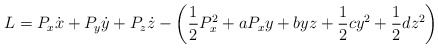
\begin{align*}L=P_x \dot{x}+P_y \dot{y}+P_z \dot{z}-\left(\frac{1}{2}P_x ^2+aP_xy+byz+\frac{1}{2}cy^2+\frac{1}{2}dz^2 \right) \end{align*}